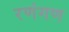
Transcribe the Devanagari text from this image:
रणंगण